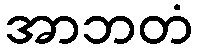
အာဘတံ